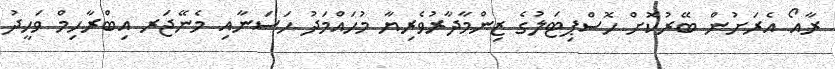
ރާއޯ އެރަށުން ބޭރުކޮށް ހޮސްޕިޓަލުގެ ޒިންމާދާރުވެރިޔާ މުހައްމަދު ހަސަނާއި މެނޭޖަރ އިބްރާހިމް ވަހީދު